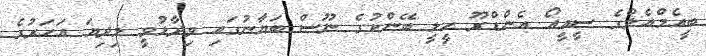
ބީއެމްއެލްގެ ސީއީއޯ އެންޑްރޫ ހީލީ ބޭންކުގެ ނޫސް ބަޔާނުގައި ވިދާޅުވީ މިދިޔަ އަހަރުގެ